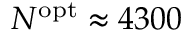
N ^ { \mathrm { o p t } } \approx 4 3 0 0